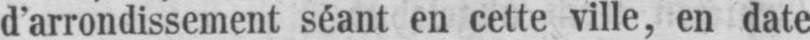
d’arrondissement séant en cette ville, en date